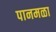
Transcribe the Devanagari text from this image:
पानमळा